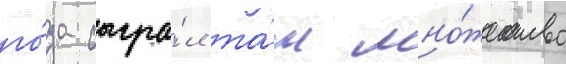
го́да сыгра́л та́м мно́жество